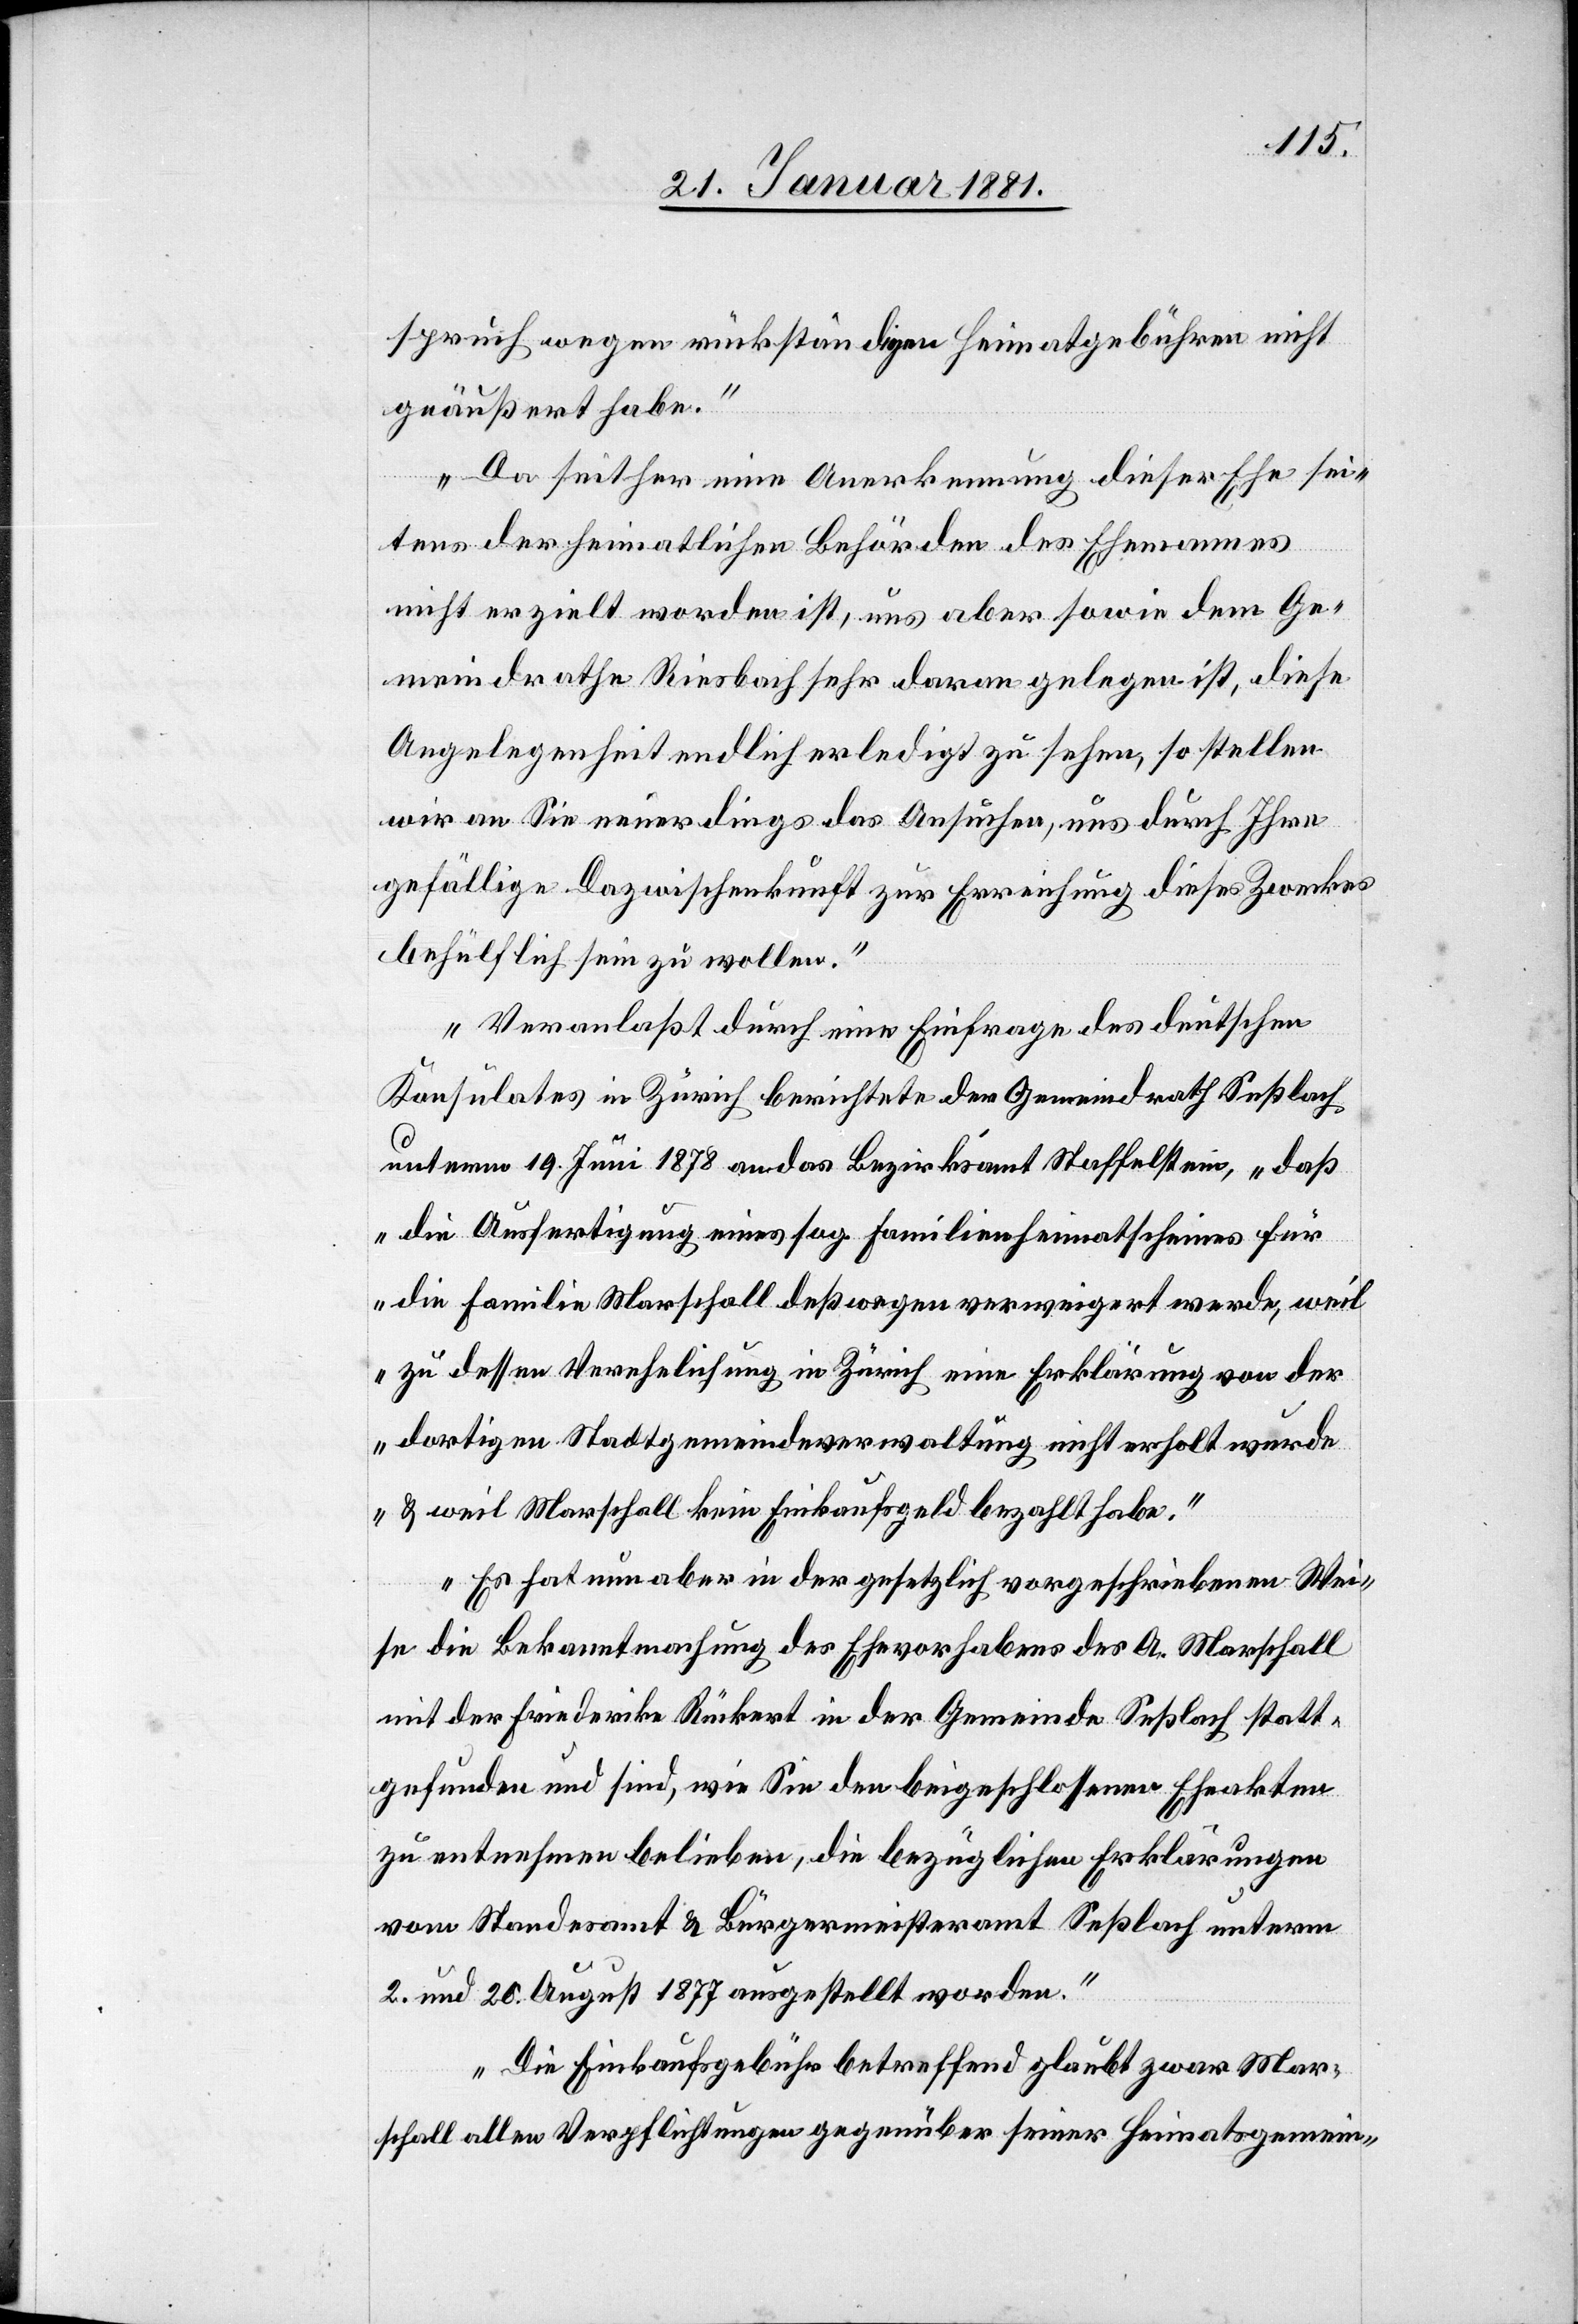
spruch wegen rückständigen Heimatgebühren nicht
geäußert habe.“
„Da seither eine Anerkennung dieser Ehe sei¬
tens der heimatlichen Behörden des Ehemannes
nicht erzielt worden ist, uns aber sowie dem Ge¬
meindrathe Riesbach sehr daran gelegen ist, diese
Angelegenheit endlich erledigt zu sehen, so stellen
wir an Sie neuerdings das Ansuchen, uns durch Ihre
gefällige Dazwischenkunft zur Erreichung dieses Zweckes
behülflich sein zu wollen.“
„Veranlaßt durch eine Einfrage des deutschen
Konsulates in Zürich berichtete der Gemeindrath Seßlach
unterm 19. Juni 1878 an das Bezirksamt Staffelstein, „daß
die Ausfertigung eines sog. Familienheimatscheines für
die Familie Marschall deßwegen verweigert werde, weil
zu dessen Verehelichung in Zürich eine Erklärung von der
dortigen Stadtgemeindeverwaltung nicht erholt wurde
& weil Marschall kein Einkaufsgeld bezahlt habe.“
„Es hat nun aber in der gesetzlich vorgeschriebenen Wei¬
se die Bekanntmachung des Ehevorhabens des A. Marschall
mit der Friederike Rückert in der Gemeinde Seßlach statt¬
gefunden und sind, wie Sie den beigeschlossenen Eheakten
zu entnehmen belieben, die bezüglichen Erklärungen
vom Standesamt & Bürgermeisteramt Seßlach unterm
2. und 20. August 1877 ausgestellt worden.“
„Die Einkaufsgebühr betreffend glaubt zwar Mar¬
schall allen Verpflichtungen gegenüber seiner Heimatgemein-